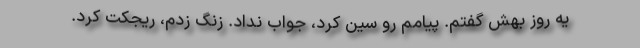
یه روز بهش گفتم. پیامم رو سین کرد، جواب نداد. زنگ زدم، ریجکت کرد.